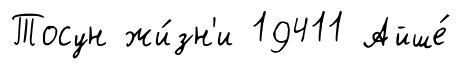
Тосун жи́зн'и 19411 Айше́